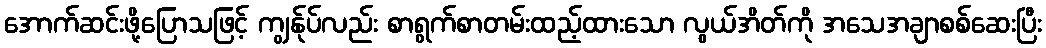
အောက်ဆင်းဖို့ပြောသဖြင့် ကျွန်ုပ်လည်း စာရွက်စာတမ်းထည့်ထားသော လွယ်အိတ်ကို အသေအချာစစ်ဆေးပြီး